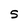
Character: 5